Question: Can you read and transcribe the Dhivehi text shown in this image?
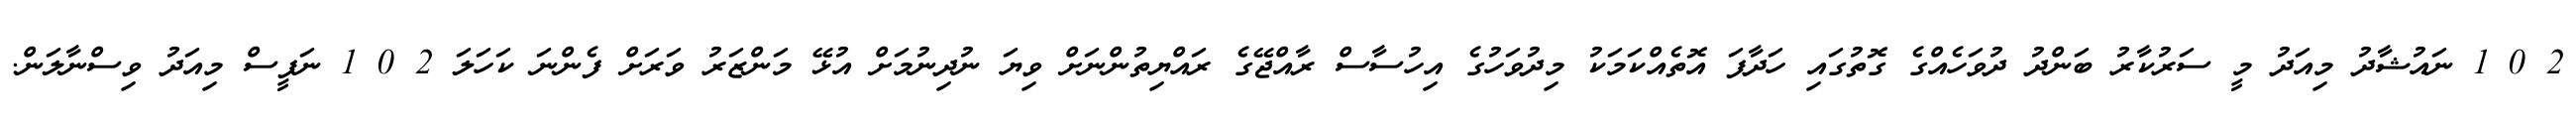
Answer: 2 0 1 ނައުޝާދު މިއަދު މީ ސަރުކާރު ބަންދު ދުވަހެއްގެ ގޮތުގައި ހަދާފަ އޮތެއްކަމަކު މިދުވަހުގެ އިހުސާސް ރާއްޖޭގެ ރައްޔިތުންނަށް ވިޔަ ނުދިނުމަށް އުޅޭ މަންޒަރު ވަރަށް ފެންނަ ކަހަލަ 2 0 1 ނަފީސް މިއަދު ވިސްނާލަން.